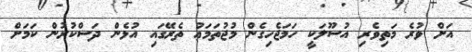
އަށް ވުރެ މަތިވެރި އުސޫލަކީ ހަމަޖެހިގެން މުޖުތަމަޢު ތެރޭގައި އުޅެން ދަސްކުރުން ކަމަށް